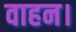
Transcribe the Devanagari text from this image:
वाहन।